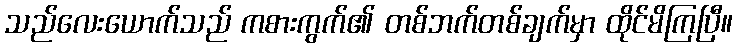
သည်လေးယောက်သည် ကစားကွက်၏ တစ်ဘက်တစ်ချက်မှာ ထိုင်မိကြပြီ။